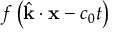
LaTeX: f \left( { \hat { \mathbf { k } } } \cdot \mathbf { x } - c _ { 0 } t \right)